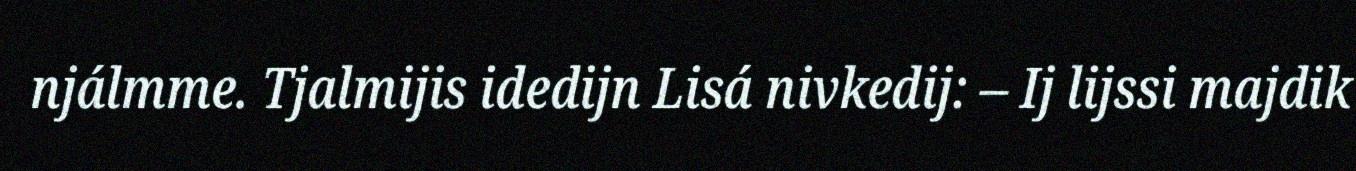
njálmme. Tjalmijis idedijn Lisá nivkedij: – Ij lijssi majdik